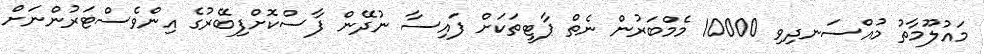
މައުލޫމާތު މުއްސަނދިވި 10000 މެމްބަރުން ނެތް ޕާޓީތަކަށް ފައިސާ ނުދޭން ފާސްކޮށްފިބޭރުގެ އިންވެސްޓަރުންނަށް